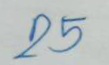
25